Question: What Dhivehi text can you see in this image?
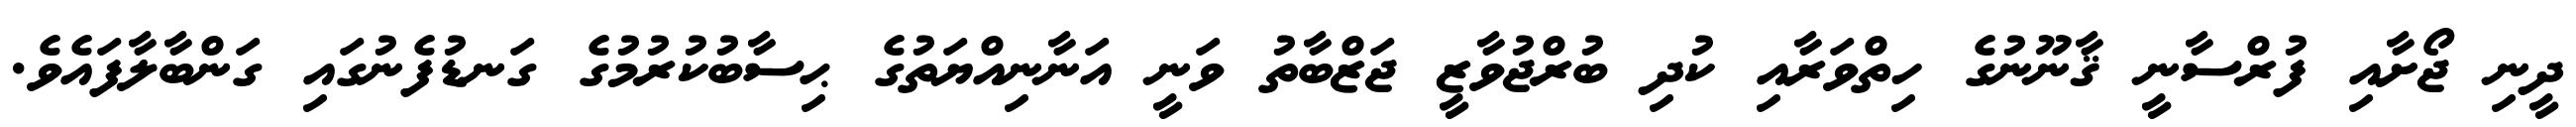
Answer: ދީނި ޖޯށާއި ފުރްސާނީ ޤާނޫނުގެ ހިތްވަރާއި ކުދި ބުރްޖުވާޒީ ޖަޒްބާތު ވަނީ އަނާނިއްޔަތުގެ ޙިސާބުކުރުމުގެ ގަނޑުފެނުގައި ގަންބާލާފައެވެ.